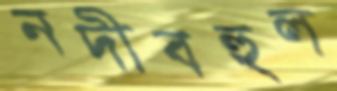
নদীবহুল